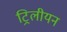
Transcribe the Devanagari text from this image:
ट्रिलीयन